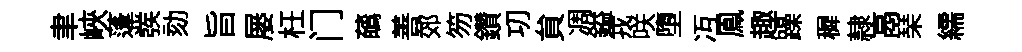
聿峽蓬彂劾旨屡枉门蘤善郊笏鑽㓛貟凋鎰戎咲墮冱鳯趣躁穉隷鬲琹繻